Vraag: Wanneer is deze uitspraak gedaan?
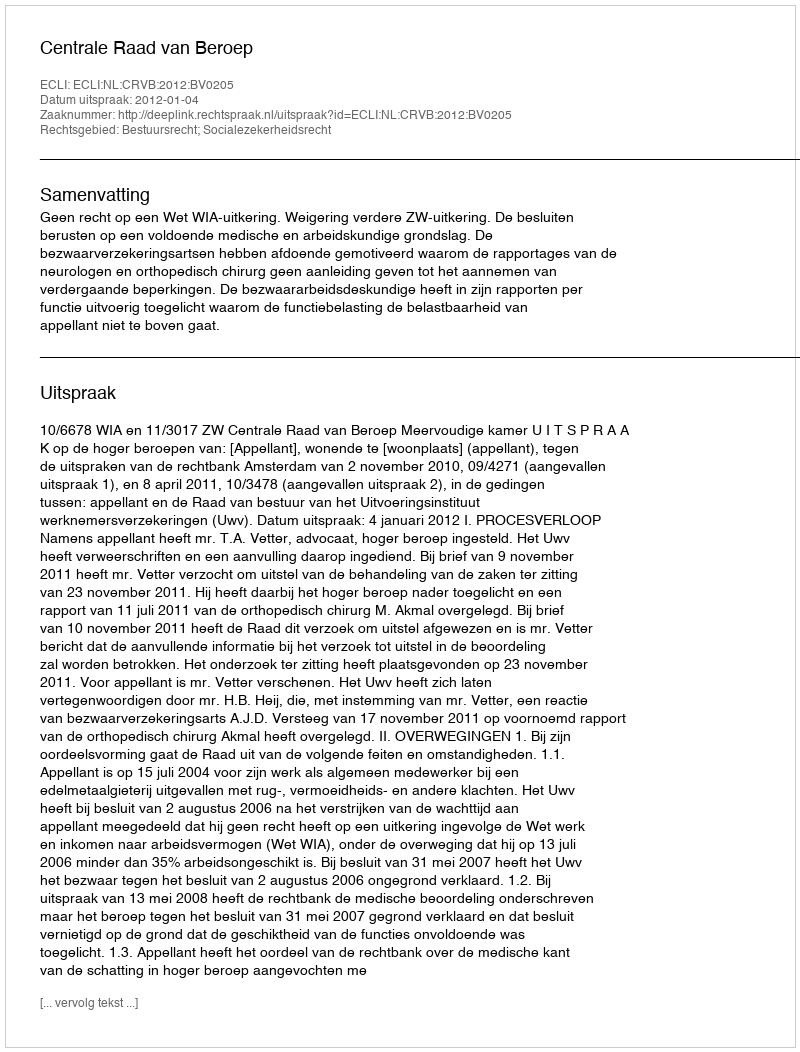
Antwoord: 2012-01-04